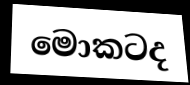
මොකටද